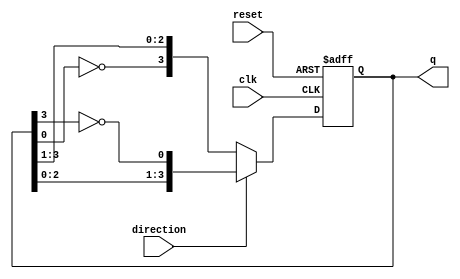
module bidirectional_johnson_counter (
    input wire clk,                // Clock input
    input wire reset,              // Asynchronous reset
    input wire direction,          // Direction control (1 for UP, 0 for DOWN)
    output reg [3:0] q             // 4-bit output for the counter state
);

    // Initial state
    initial begin
        q = 4'b0000;               // Initialize to 0
    end

    always @(posedge clk or posedge reset) begin
        if (reset) begin
            q <= 4'b0000;          // Asynchronous reset to 0
        end else begin
            if (direction) begin    // Counting UP
                q <= {q[2:0], ~q[3]}; // Shift left and feed back inverted last bit
            end else begin           // Counting DOWN
                q <= {~q[0], q[3:1]}; // Feed back inverted first bit to the last position
            end
        end
    end

endmodule